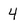
Character: 4